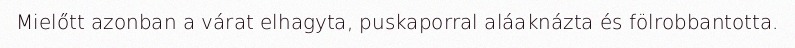
Mielőtt azonban a várat elhagyta, puskaporral aláaknázta és fölrobbantotta.